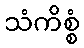
သံကိစ္စံ